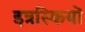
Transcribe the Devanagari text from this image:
इत्रस्कियों